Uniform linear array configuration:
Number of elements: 12
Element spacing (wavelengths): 0.75
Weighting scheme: uniform
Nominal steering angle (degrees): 30
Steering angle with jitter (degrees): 30.122
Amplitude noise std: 0.05
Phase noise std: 0.05

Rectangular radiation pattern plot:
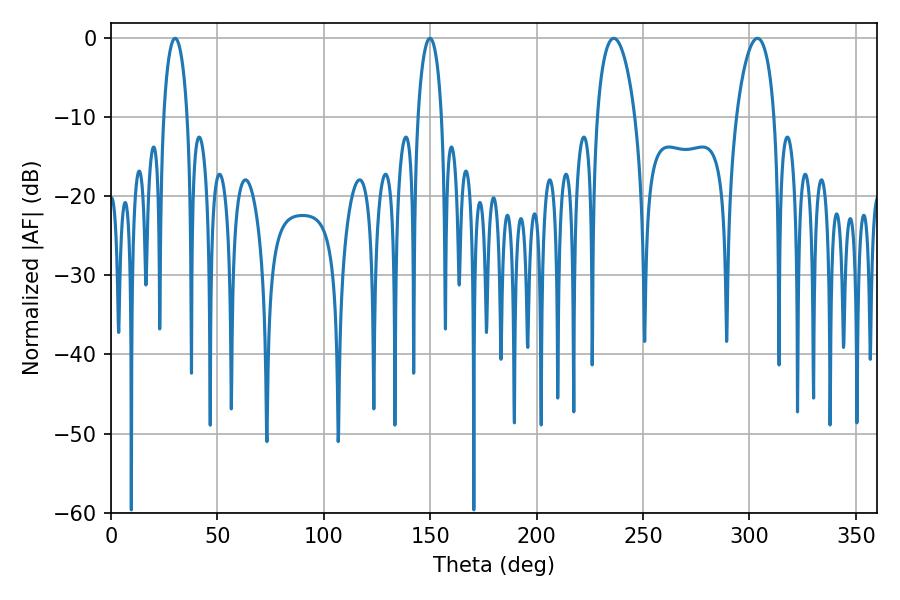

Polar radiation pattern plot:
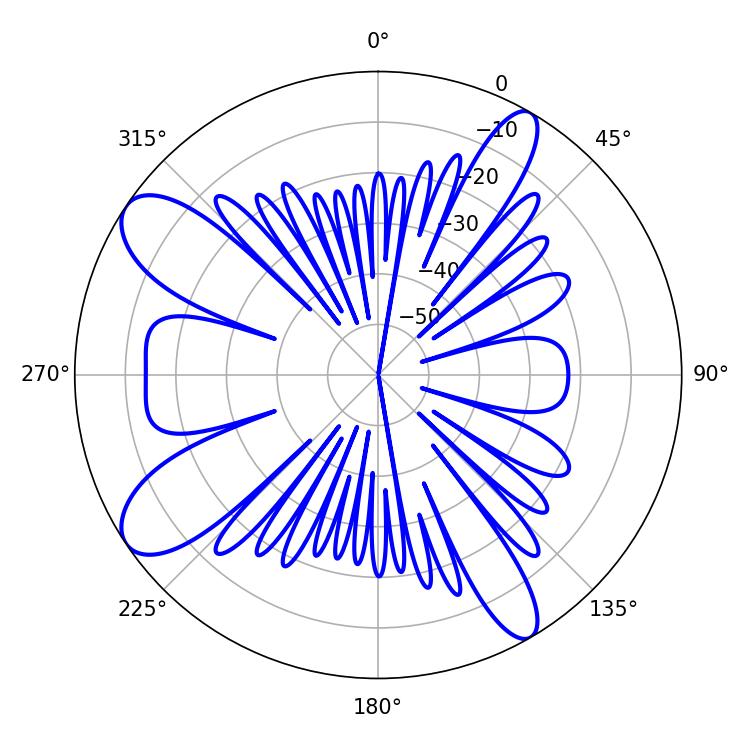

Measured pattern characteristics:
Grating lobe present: TRUE
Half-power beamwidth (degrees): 10.26
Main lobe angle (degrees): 236.16